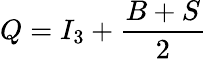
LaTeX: Q=I_{\mathrm{3}}+{\frac{B+S}{2}}